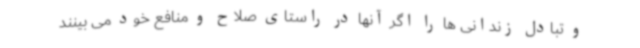
و تبادل زندانی ها را اگر آنها در راستای صلاح و منافع خود می بینند